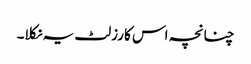
چنانچہ اس کا رزلٹ یہ نکلا۔